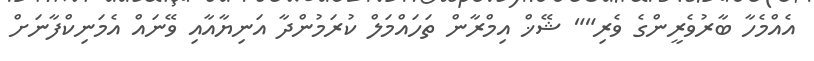
އެއްމެހާ ބާރުވެރީންގެ ވެރި"" ޝޭޚް އިމްރާން ތަހައްމަލް ކުރަމުންދާ އަނިޔާއާއި ވޭނައް އެމަނިކްފާނަށް